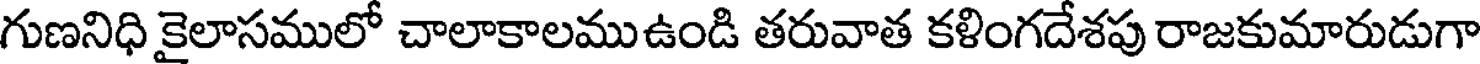
గుణనిధి కైలాసములో చాలాకాలముఉండి తరువాత కళింగదేశపు రాజకుమారుడుగా